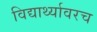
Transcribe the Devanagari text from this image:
विद्यार्थ्यावरच